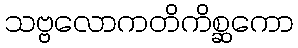
သဗ္ဗလောကတိကိစ္ဆကော